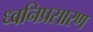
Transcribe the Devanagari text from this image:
ध्वनिप्रसारण